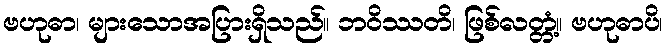
ဗဟုဓာ၊ များသောအပြားရှိသည်။ ဘဝိဿတိ၊ ဖြစ်လတ္တံ့။ ဗဟုဓာပိ၊